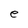
Character: e